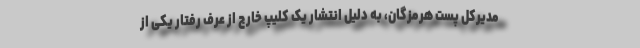
مدیرکل پست هرمزگان، به دلیل انتشار یک کلیپ خارج از عرف رفتار یکی از